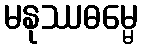
မနုဿဓမ္မေ